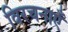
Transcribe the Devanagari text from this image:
विरचनाएँ